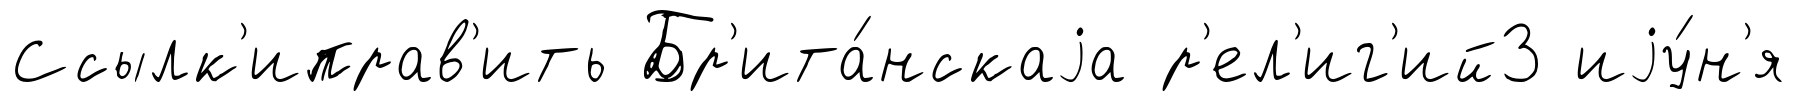
Ссылк'иправ'ить Бр'ита́нскаjа р'ел'иг'ий3 иjу́н'я